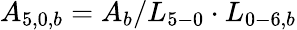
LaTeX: {A_{5,0,b}}={A_{b}}/{L_{5-0}}\cdot{L_{0-6,b}}